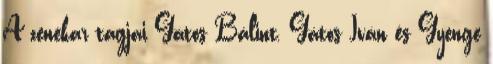
A zenekar tagjai Gátos Bálint, Gátos Iván és Gyenge